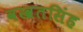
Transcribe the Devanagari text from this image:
वखतसिंह